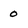
Character: 0